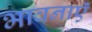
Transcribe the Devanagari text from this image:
भावनाएॅं